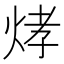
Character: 𤉗